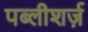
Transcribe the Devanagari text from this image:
पब्लीशर्ज़